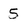
Character: 5